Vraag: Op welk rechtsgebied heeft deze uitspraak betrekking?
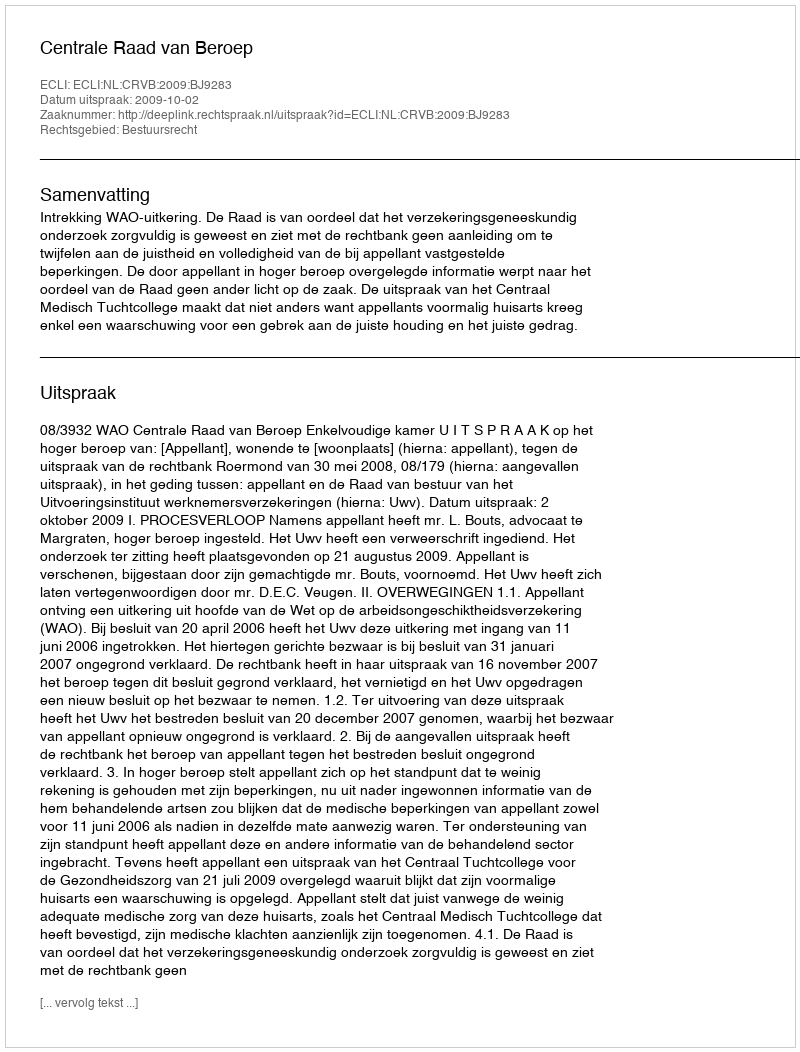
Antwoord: Bestuursrecht